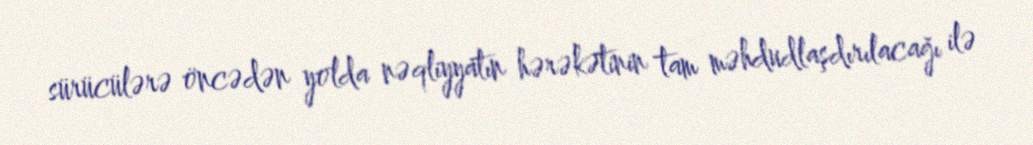
sürücülərə öncədən yolda nəqliyyatın hərəkətinin tam məhdudlaşdırılacağı ilə